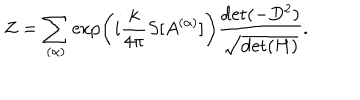
Z = \sum _ { ( \alpha ) } \exp \left( i \frac { k } { 4 \pi } S [ A ^ { ( \alpha ) } ] \right) \frac { \mathrm { d e t } ( - D ^ { 2 } ) } { \sqrt { \mathrm { d e t } ( H ) } } .